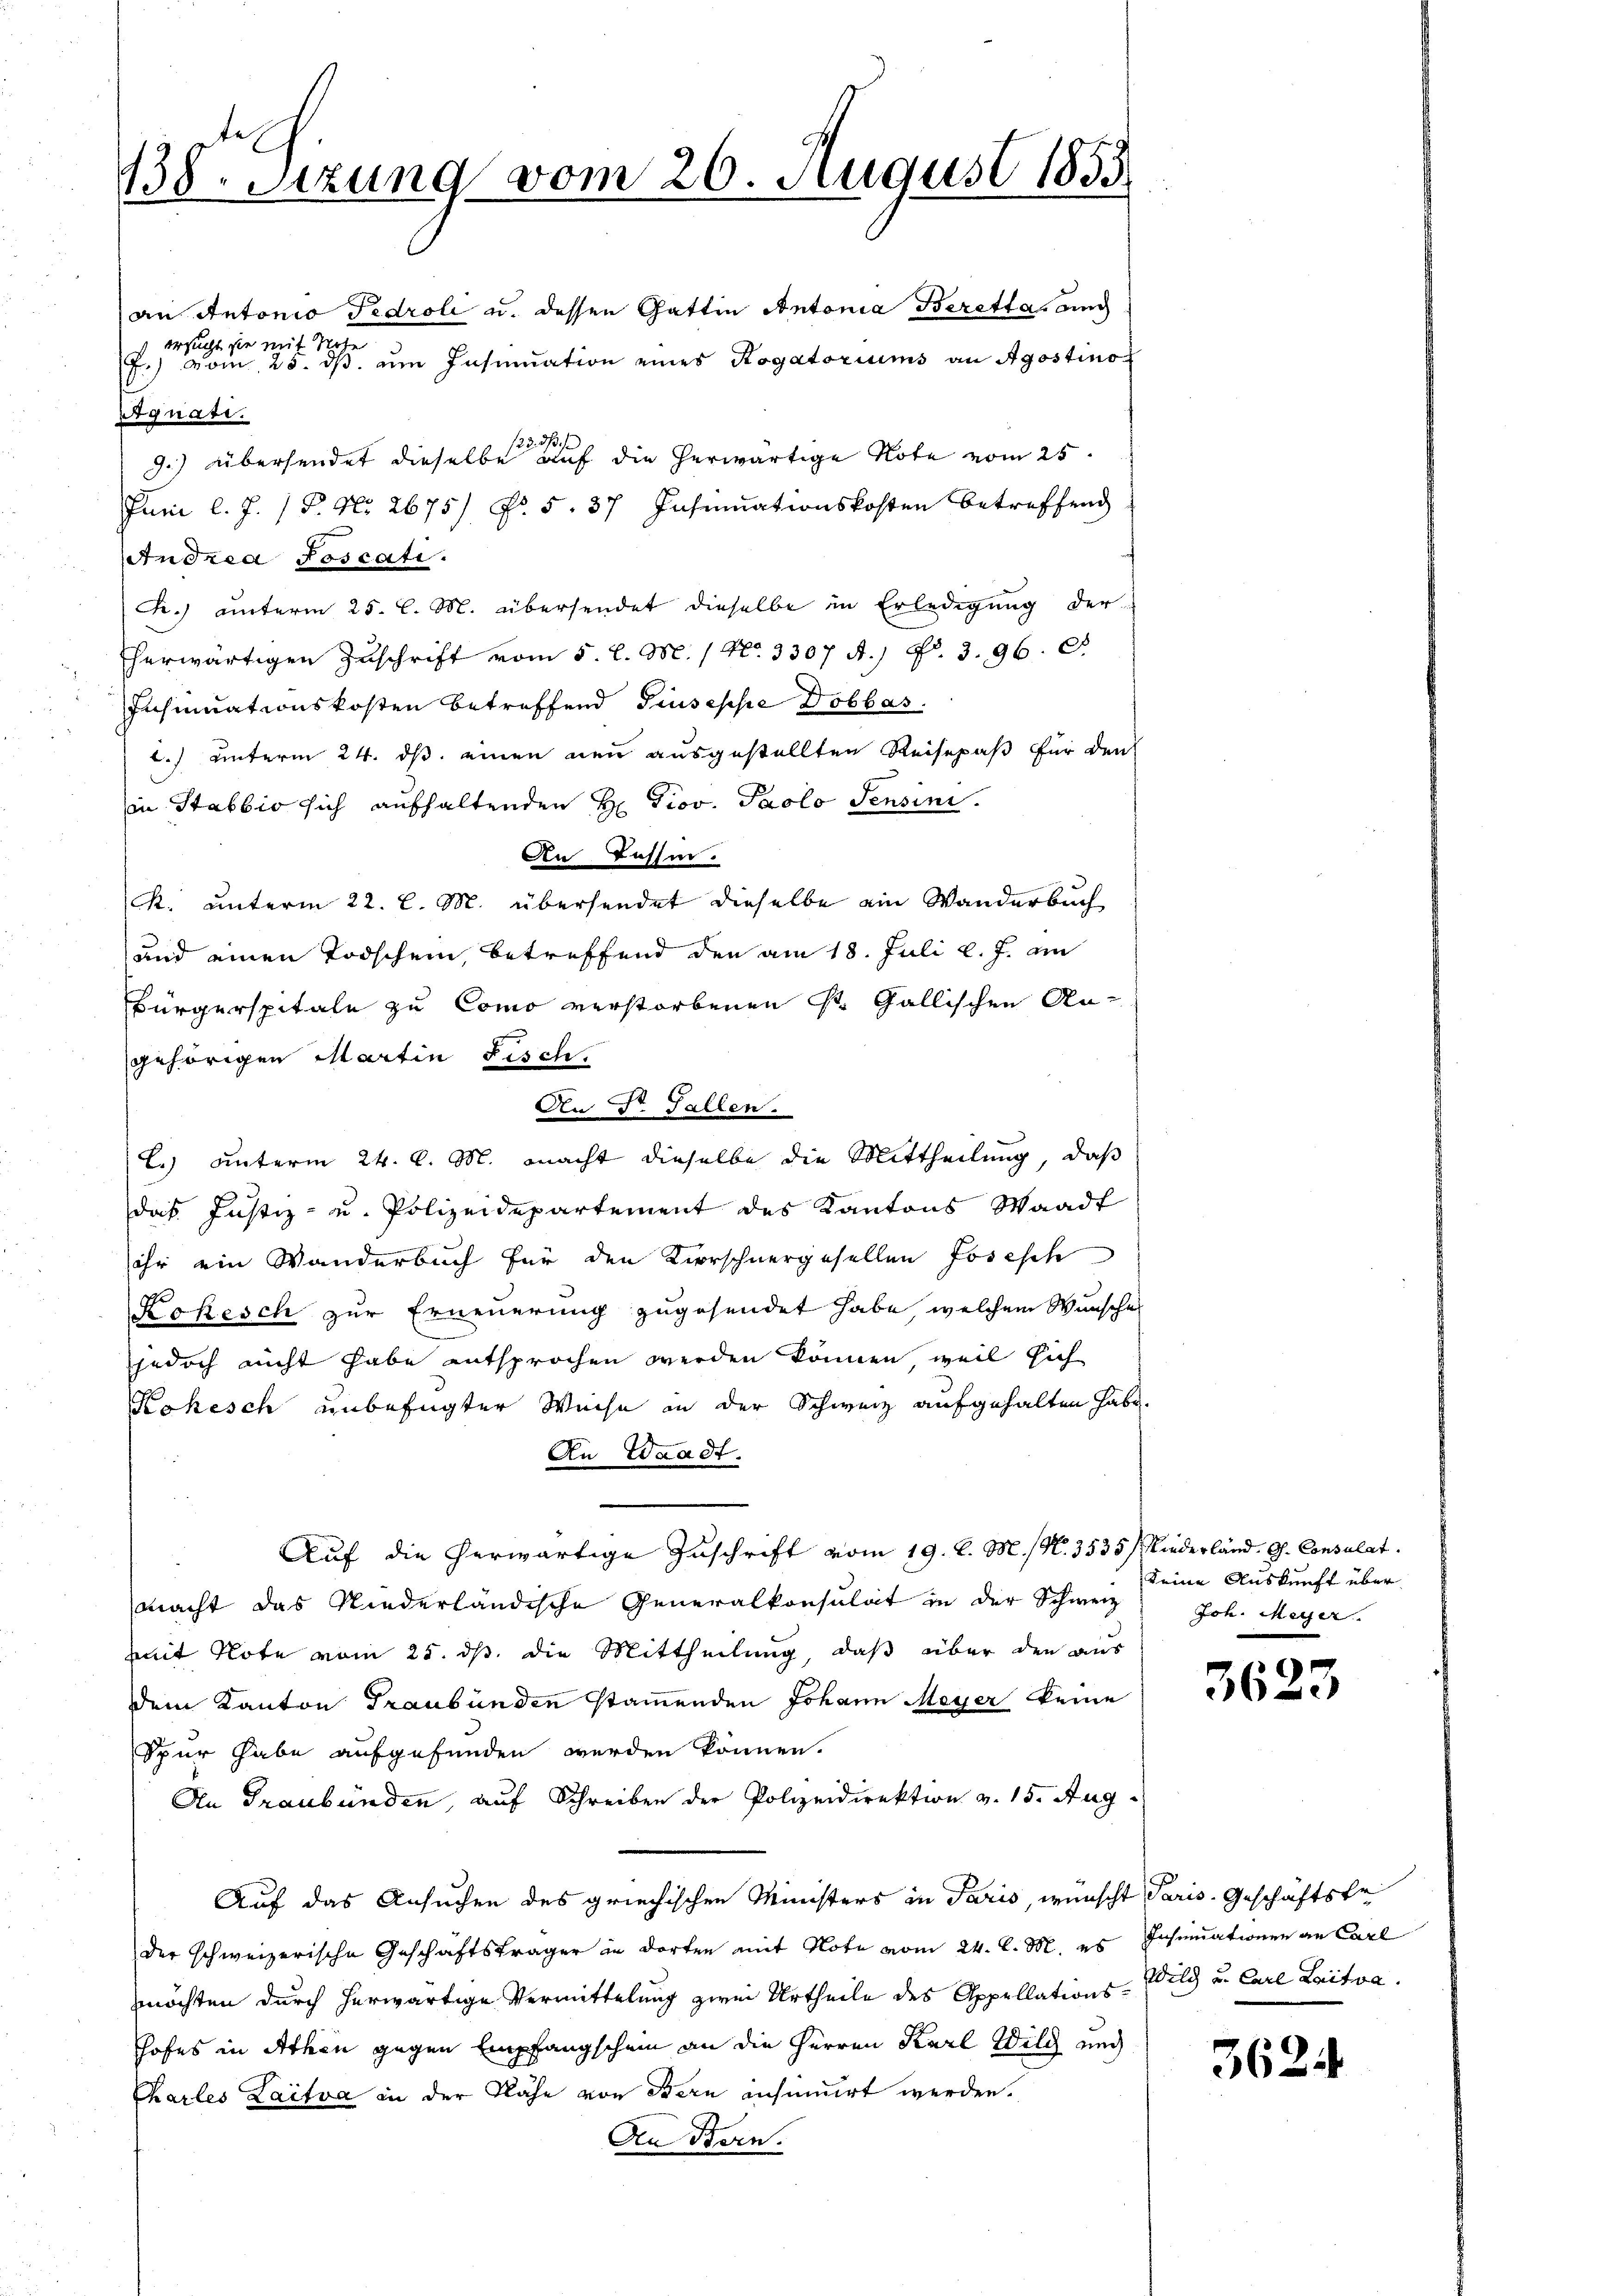
138. Sizung vom 26. August 1853.

an Antonio Fedroli u. dessen Gattin Antonia Berattas ang
ersucht sie mit Wohn
F.) vom 25. ds. um Insinuation eines Rogatoriums an Agostino
Agnati.
123. ds.
J.) übersendet dieselbe auf die herwärtige Note vom 25.
Juni l. J. (T. No. 2675) Fr. 5. 37 Insinuationskosten betreffend
Andrea Poscati
C.) unterm 25. l. M. übersendet dieselbe in Erledigung der
herwärtigen Zŭschrift vom 5. d. M. / No. 3307 A.) No. 3. 96. D
Insinuationskosten betreffend Giuseppe Dobbas
l.) unterm 24. ds. einen neu ausgestellten Reisepaß für den
in Stabbio sich aufhaltenden H. Prov. Paolo Pensini.
An Bassin.
K. unterm 22. l. M. übersendet dieselbe ein Wanderbuch
und einen Todschein, betreffend den am 18. Juli l. J. an
Bürgerspitale zu Como verstorbenen St. Gallischen Angehörigen Martin Fisch.
l.) unterm 24. d. M. macht dieselbe die Mittheilung, daß
das Justiz- u. Polizeidepartement des Kantons Waadt
ihr ein Wanderbuch für den Kirschnergesellen Josesch
Kokesch zur Erneuerung zugesendet habe, welchem Wunsche
jjedoch nicht habe entsprochen werden können, weil sich
Kokesch unbefugter Weise in der Schweiz aufgehalten habe.
An Waadt.
Auf die herwärtige Zuschrift vom 19. d. M. (N. 3535) Niederland. G. Consulat
macht das Niederländische Generalkonsulat in der Schweiz
mit Note vom 25. ds. die Mittheilung, daß über den aus
dem Kanton Graubünden stammenden Johann Meyer keine
Spur habe aufgefunden werden können.
An Graubünden, auf Schreiben der Polizeidirektion v. 15. Aug.
Auf das Ansuchen des griechischen Ministers in Paris, wünscht Paris. Geschäftsbe
der schweizerische Geschäftsträger in dorten mit Note vom 24. d. M. es Insinuationen an Carl
möchten durch herwärtige Vermittelung zum Urtheile des Appellations-Wild u. Carl Laitwa
hofes in Athen gegen Empfangschein an die Herren Karl Wilch nich
Charles Laifva in der Nähe von Bern ansinuirt werden.
An Bern.

An Dr. Gallen.

keine Auskunft über
Joh. Meyer

3623

3624